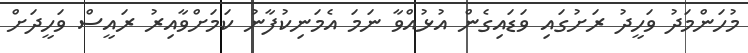
މުހަންމަދު ވަހީދު ރަށުގައި ވަޑައިގެން އުޅުއްވާ ނަމަ އެމަނިކުފާނު ކަމަށްވާއިރު ރައީސް ވަހީދަށް